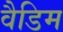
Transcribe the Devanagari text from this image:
वैडिम